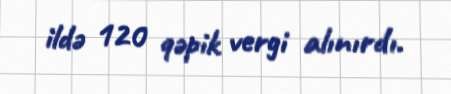
ildə 120 qəpik vergi alınırdı.